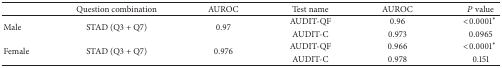
<table><thead><tr><td></td><td><b>Question combination</b></td><td><b>AUROC</b></td><td><b>Test name</b></td><td><b>AUROC</b></td><td><b><i>P</i> value</b></td></tr></thead><tbody><tr><td rowspan="2">Male</td><td rowspan="2">STAD (Q3 + Q7)</td><td rowspan="2">0.97</td><td>AUDIT-QF</td><td>0.96</td><td>&lt;0.0001<sub> </sub><sup><i>∗</i></sup> </td></tr><tr><td>AUDIT-C</td><td>0.973</td><td>0.0965</td></tr><tr><td rowspan="2">Female</td><td rowspan="2">STAD (Q3 + Q7)</td><td rowspan="2">0.976</td><td>AUDIT-QF</td><td>0.966</td><td>&lt;0.0001<sub> </sub><sup><i>∗</i></sup> </td></tr><tr><td>AUDIT-C</td><td>0.978</td><td>0.151</td></tr></tbody></table>